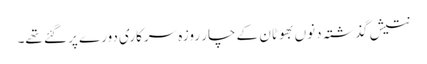
نتیش گذشتہ دنوں بھوٹان کے چار روزہ سرکاری دورے پر گئے تھے۔